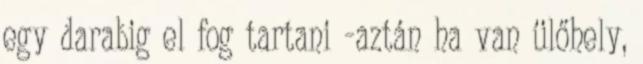
egy darabig el fog tartani -aztán ha van ülőhely,